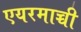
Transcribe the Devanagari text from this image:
एयरमाच्ची